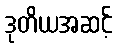
ဒုတိယအဆင့်